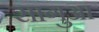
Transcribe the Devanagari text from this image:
सागुआ